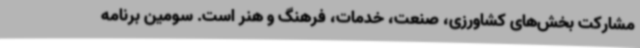
مشارکت بخش‌های کشاورزی، صنعت، خدمات، فرهنگ و هنر است. سومین برنامه